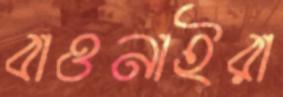
বাওনাইরা